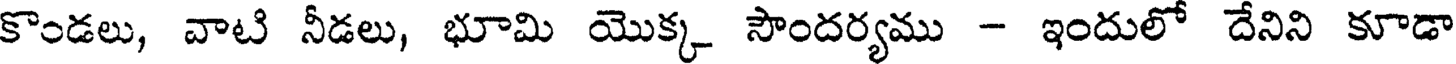
కొండలు, వాటి నీడలు, భూమి యొక్క సౌందర్యము - ఇందులో దేనిని కూడా